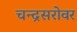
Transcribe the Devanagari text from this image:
चन्द्रसरोवर